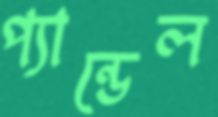
প্যান্ডেল